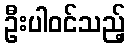
ဦးပါဝင်သည့်